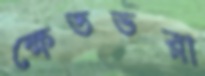
ক্ষেতভরা